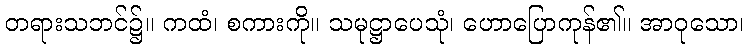
တရားသဘင်၌။ ကထံ၊ စကားကို။ သမုဋ္ဌာပေသုံ၊ ဟောပြောကုန်၏။ အာဝုသော၊